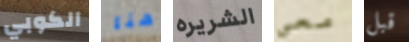
الكوبي هنا الشريره معي قبل